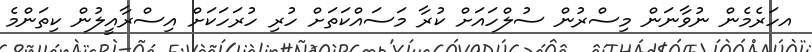
އހަރެމެން ނުވާނަން މިސްރުން ސުލްހައަށް ކުރާ މަސައްކަތަށް ހުރި ހުރަހަކަށް އިސްރާއީލުން ކިތަންމެ